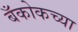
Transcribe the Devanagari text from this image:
बँकोकच्या